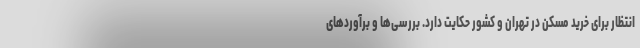
انتظار برای خرید مسکن در تهران و کشور حکایت دارد. بررسی‌ها و برآوردهای